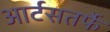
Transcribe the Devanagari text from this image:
आर्टसतर्फे